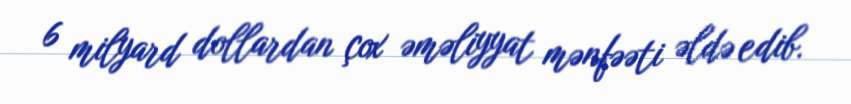
6 milyard dollardan çox əməliyyat mənfəəti əldə edib.